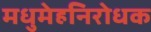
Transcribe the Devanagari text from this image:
मधुमेहनिरोधक